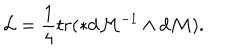
\mathcal { L } = \frac { 1 } { 4 } t r ( \ast d \mathcal { M } ^ { - 1 } \wedge d \mathcal { M } ) .